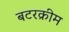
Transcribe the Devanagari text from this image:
बटरक्रीम